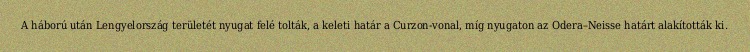
A háború után Lengyelország területét nyugat felé tolták, a keleti határ a Curzon-vonal, míg nyugaton az Odera–Neisse határt alakították ki.